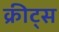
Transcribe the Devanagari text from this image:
क्रीट्स